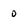
Character: O